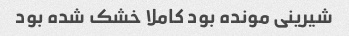
شیرینی مونده بود کاملا خشک شده بود